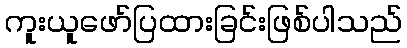
ကူးယူဖော်ပြထားခြင်းဖြစ်ပါသည်